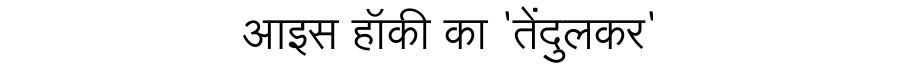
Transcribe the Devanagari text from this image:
आइस हॉकी का 'तेंदुलकर'